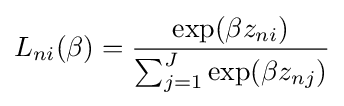
L_{ni}(\beta )={\exp(\beta z_{ni}) \over {\sum _{j=1}^{J}\exp(\beta z_{nj})}}